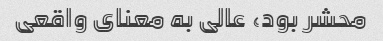
محشر بود، عالی به معنای واقعی